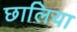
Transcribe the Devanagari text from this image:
छालिया